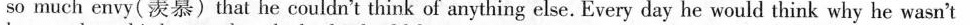
so much envy(羡慕)that he couldn't think of anything else. Every day he would think why he wasn't